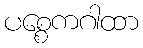
ပစ္စေကဂါထာ